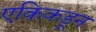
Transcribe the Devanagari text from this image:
एकिकडून